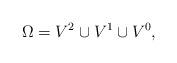
LaTeX: \begin{align*}\Omega= V^{2} \cup V^1 \cup V^0,\end{align*}